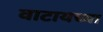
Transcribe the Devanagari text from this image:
वाटायच्या